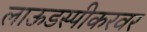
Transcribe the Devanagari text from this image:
लाऊडस्पीकरवर